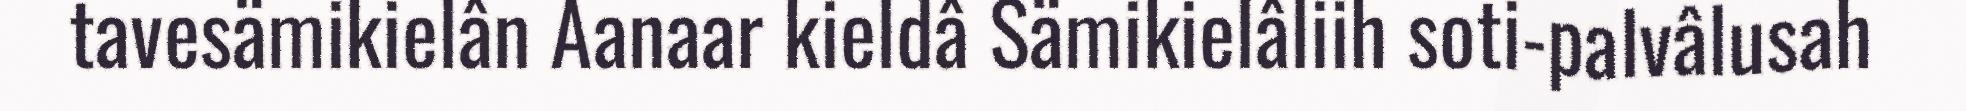
tavesämikielân Aanaar kieldâ Sämikielâliih soti-palvâlusah